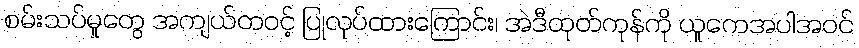
စမ်းသပ်မှုတွေ အကျယ်တဝင့် ပြုလုပ်ထားကြောင်း၊ အဲဒီထုတ်ကုန်ကို ယူကေအပါအဝင်